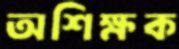
অশিক্ষক